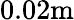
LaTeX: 0.02\textrm{m}